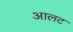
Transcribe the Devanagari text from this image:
आलट